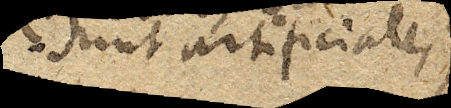
sunt artificiales).